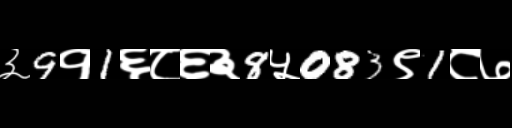
Text: ३9१1६८६३8५083९1८७